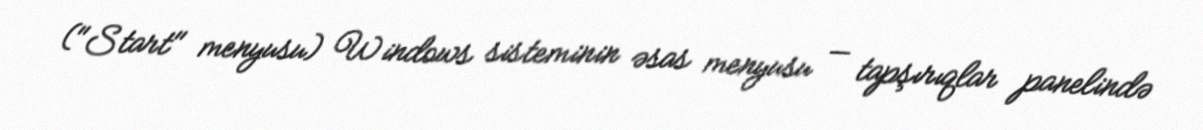
("Start" menyusu) Windows sisteminin əsas menyusu — tapşırıqlar panelində